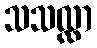
သသလ္လာ